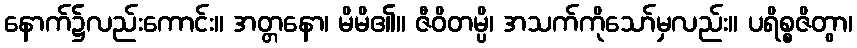
နောက်၌လည်းကောင်း။ အတ္တနော၊ မိမိ၏။ ဇီဝိတမ္ပိ၊ အသက်ကိုသော်မှလည်း။ ပရိစ္စဇိတွာ၊